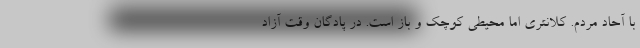
با آحاد مردم. کلانتری اما محیطی کوچک و باز است. در پادگان وقت آزاد